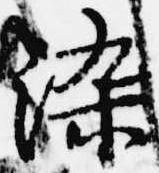
染